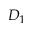
D _ { 1 }